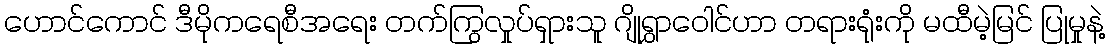
ဟောင်ကောင် ဒီမိုကရေစီအရေး တက်ကြွလှုပ်ရှားသူ ဂျိုရွှာဝေါင်ဟာ တရားရုံးကို မထီမဲ့မြင် ပြုမှုနဲ့